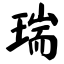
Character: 瑞